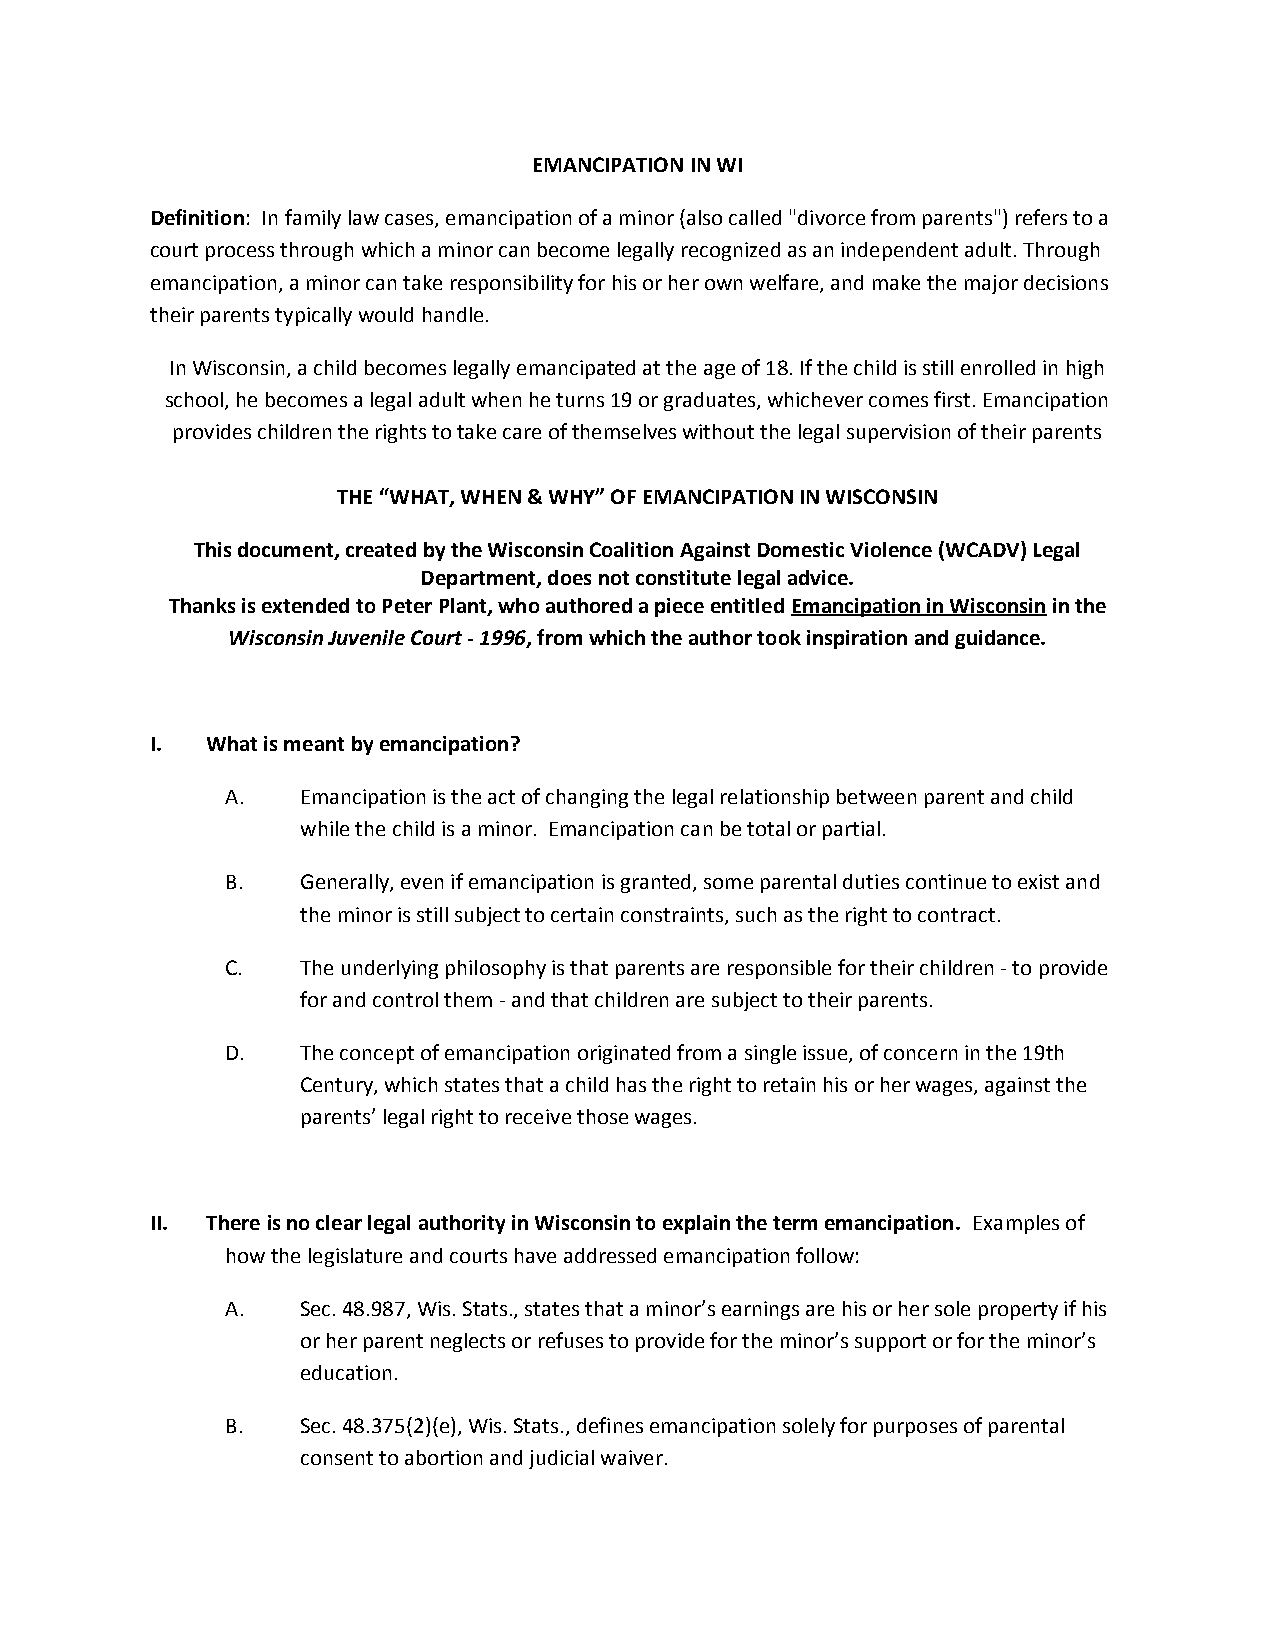
EMANCIPATION IN WI
 Definition: In family law cases, emancipation of a minor (also called "divorce from parents") refers to a
 court process through which a minor can become legally recognized as an independent adult. Through
 emancipation, a minor can take responsibility for his or her own welfare, and make the major decisions
 their parents typically would handle.
 In Wisconsin, a child becomes legally emancipated at the age of 18. If the child is still enrolled in high
 school, he becomes a legal adult when he turns 19 or graduates, whichever comes first. Emancipation
 provides children the rights to take care of themselves without the legal supervision of their parents
 THE “WHAT, WHEN & WHY” OF EMANCIPATION IN WISCONSIN
 This document, created by the Wisconsin Coalition Against Domestic Violence (WCADV) Legal
 Department, does not constitute legal advice.
 Thanks is extended to Peter Plant, who authored a piece entitled Emancipation in Wisconsin in the
 Wisconsin Juvenile Court - 1996, from which the author took inspiration and guidance.
 I.  What is meant by emancipation?
 A.   Emancipation is the act of changing the legal relationship between parent and child
 while the child is a minor. Emancipation can be total or partial.
 B.   Generally, even if emancipation is granted, some parental duties continue to exist and
 the minor is still subject to certain constraints, such as the right to contract.
 C.   The underlying philosophy is that parents are responsible for their children - to provide
 for and control them - and that children are subject to their parents.
 D.   The concept of emancipation originated from a single issue, of concern in the 19th
 Century, which states that a child has the right to retain his or her wages, against the
 parents’ legal right to receive those wages.
 II. There is no clear legal authority in Wisconsin to explain the term emancipation. Examples of
 how the legislature and courts have addressed emancipation follow:
 A.   Sec. 48.987, Wis. Stats., states that a minor’s earnings are his or her sole property if his
 or her parent neglects or refuses to provide for the minor’s support or for the minor’s
 education.
 B.   Sec. 48.375(2)(e), Wis. Stats., defines emancipation solely for purposes of parental
 consent to abortion and judicial waiver.